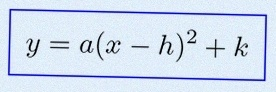
y=a(x-h)^2+k